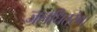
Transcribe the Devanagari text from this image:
जलधितरंग।